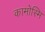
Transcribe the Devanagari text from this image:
कामोस्मि